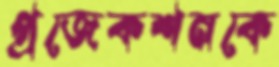
প্রজেকশনকে